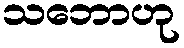
သဘောဟု